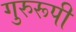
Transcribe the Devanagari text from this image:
गुरुरूपी